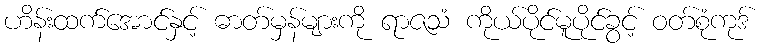
ဟိန်းထက်အောင်နှင့် ဓာတ်မှန်များကို ရာဇသံ ကိုယ်ပိုင်မူပိုင်ခွင့် ဝတ်စုံကုဒ်